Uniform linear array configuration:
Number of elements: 12
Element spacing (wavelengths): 0.5
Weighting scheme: hann
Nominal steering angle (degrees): -15
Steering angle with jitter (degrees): -15.986
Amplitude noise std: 0.05
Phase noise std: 0.05

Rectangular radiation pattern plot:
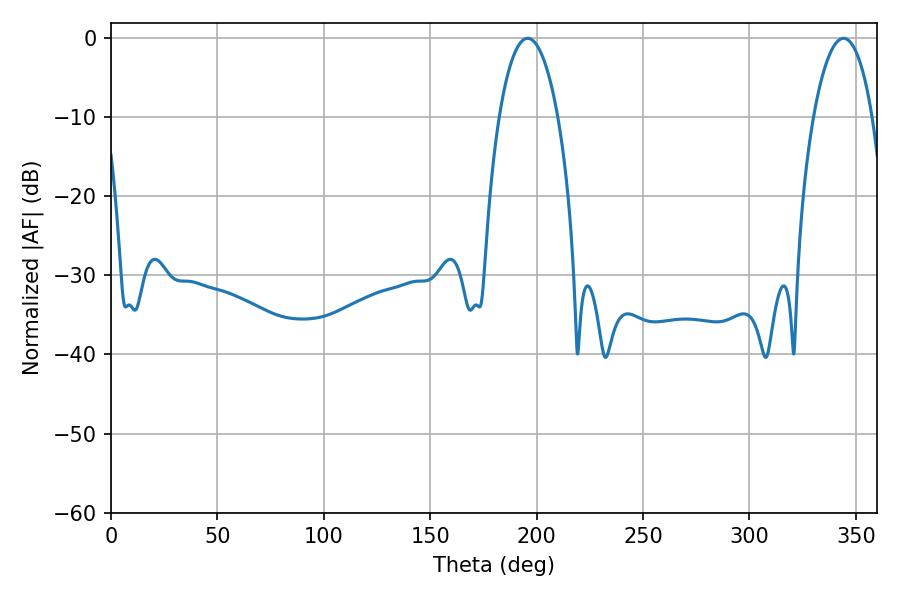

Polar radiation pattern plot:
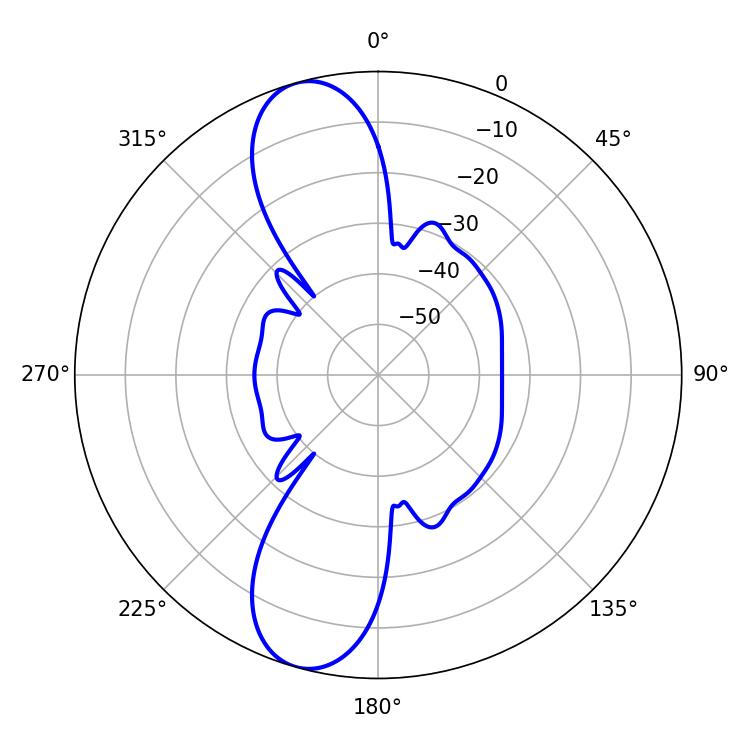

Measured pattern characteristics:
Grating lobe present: FALSE
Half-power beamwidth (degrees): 15.48
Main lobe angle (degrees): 195.84